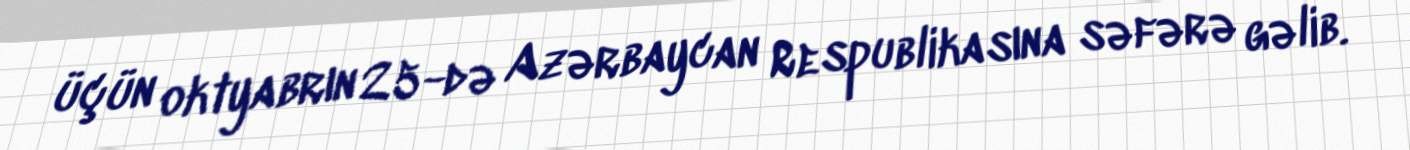
üçün oktyabrın 25-də Azərbaycan Respublikasına səfərə gəlib.